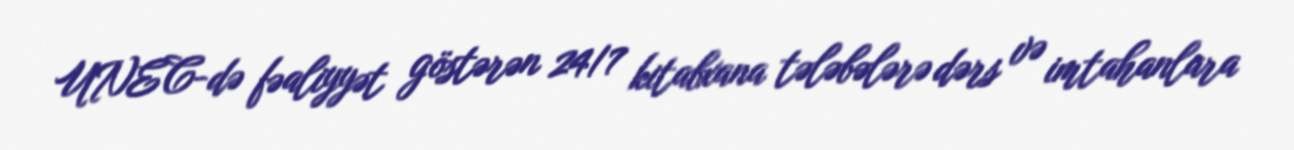
UNEC-də fəaliyyət göstərən 24/7 kitabxana tələbələrə dərs və imtahanlara